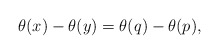
\begin{align*}\theta(x)-\theta(y)=\theta(q)-\theta(p),\end{align*}